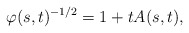
\begin{align*}\varphi(s,t)^{-1/2}=1+tA(s,t),\end{align*}